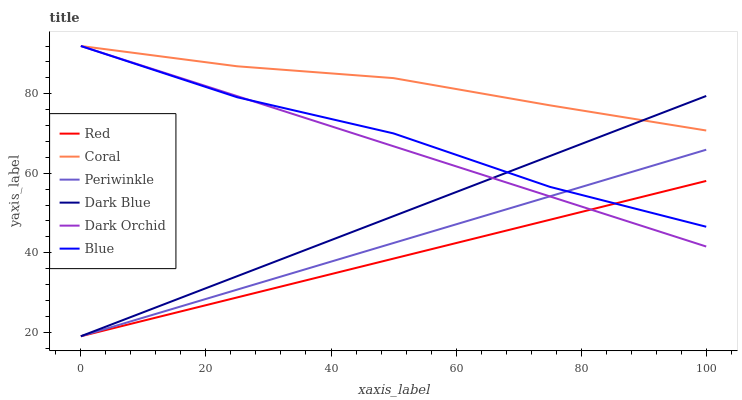
| xaxis_label | Red | Coral | Periwinkle | Dark Blue | Dark Orchid | Blue |
 | --- | --- | --- | --- | --- | --- | --- |
 | 0 | 19 | 92 | 19 | 19 | 92 | 92 |
 | 25 | 28.8 | 86.9 | 30.7 | 34.1 | 79.4 | 79.1 |
 | 50 | 38.5 | 83.9 | 42.5 | 49.2 | 66.8 | 70 |
 | 75 | 48.3 | 77.1 | 54.2 | 64.3 | 54.2 | 56.6 |
 | 100 | 58.1 | 70.7 | 65.9 | 79.4 | 41.6 | 46.5 |